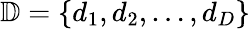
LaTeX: \mathbb{D}=\{ d_{1},d_{2},\dots,d_{D}\}